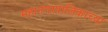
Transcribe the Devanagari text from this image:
महानगरपालिकाच्या